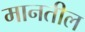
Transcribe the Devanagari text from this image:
मानतील